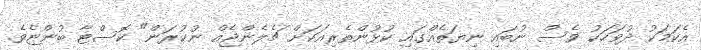
އެކަމަކު ދުވަހަކު ވެސް ނުބައި ނިޔަތެއްގައި ކުޅުންތެރިއަކަށް ޗެލެންޖެއް ނުކުރަން" ކޮސްޓާ ބުންޏެވެ.